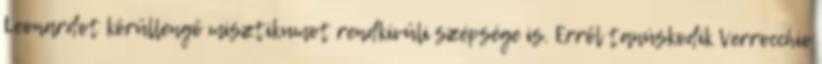
Leonardot körüllengő misztiku­mot rendkívüli szépsége is. Erről tanúskodik Verrocchio